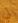
لي